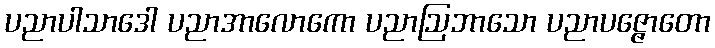
ပညာပါသာဒေါ ပညာအာလောကော ပညာဩဘာသော ပညာပဇ္ဇောတော